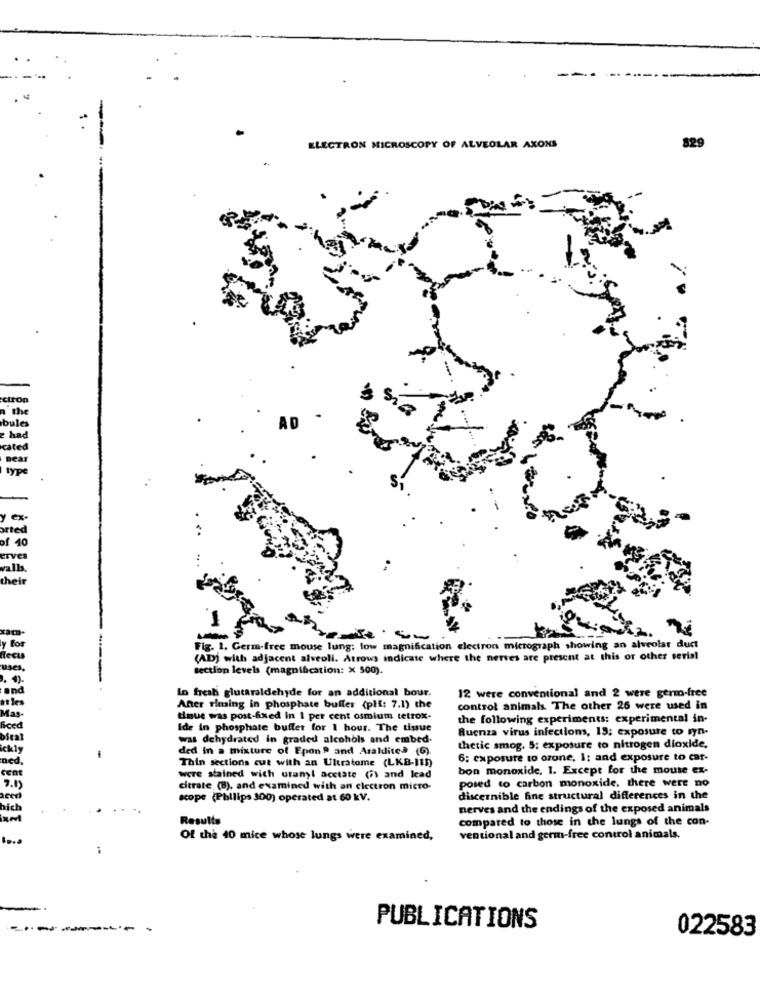
ELECTRON MICROSCOPY OF ALVEOLAR AXONS
829
ctrop
n the
bule
AD
had
ated
near
typ
ex-
orted
40
erves
valls.
their
Fig. 1. Germ-free mouse lung: low magnification electron micrograph showing an alveolar duct
(AD) with adjacent alveoli. Atrows indicate where the nerves are present at this or other serial
section levels (magnification: X 500).
In fresh glutaraldehyde for an additional bour.
12 were conventional and 2 were germ-free
Aner timing in phosphate buffer (plf: 7.1) the
control animals. The other 26 were used in
tinue was post-fixed in 1 per cent osmium tetrox-
the following experiments: experimental in-
Ide in phosphate buffet for 1 hour. The tissue
Quenza virus infections, 15: exposure to syn-
was dehydrated in graded alcohols and embed-
ded in a mixture of Epon ? and Aralditeª (G)
thetic smog. 5: exposure to nitrogen dioxide,
Thin sections cut with an Ultratome (LKB-III)
6: exposure to ozone, I; and exposure to car-
bon monoxide, 1. Except for the mouse ex-
were stained wich utanyl acetate (7) and lead
citrate (8), and examined with an electron micro-
posed to carbon monoxide, there were no
scope (Philips 300) operated at 60 kV.
discernible fine structural differences in the
nerves and the endings of the exposed animals
Results
compared to those in the lungs of the con-
Of the 40 mice whose lungs were examined,
ventional and germ-free control animals.
..
PUBLICATIONS
022583